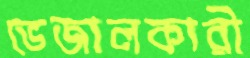
ভেজালকারী